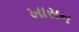
ખાસન